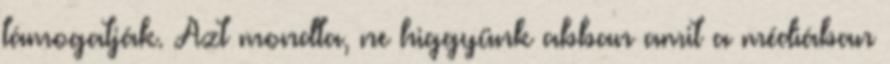
támogatják. Azt mondta, ne higgyünk abban amit a médiában